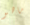
ماهو